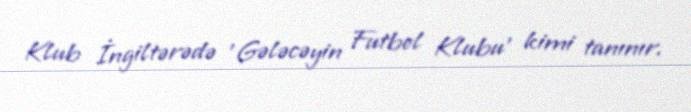
Klub İngiltərədə 'Gələcəyin Futbol Klubu' kimi tanınır.